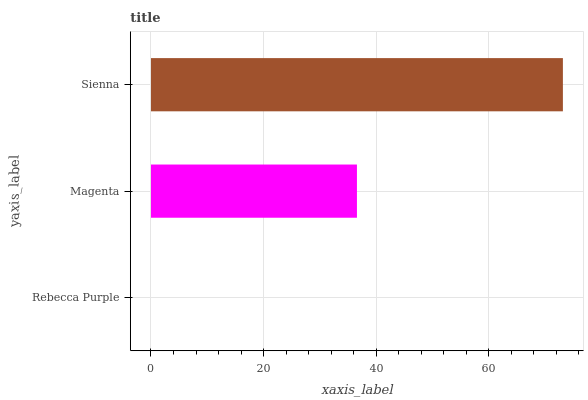
| yaxis_label | bars |
 | --- | --- |
 | Rebecca Purple | 0 |
 | Magenta | 36.6 |
 | Sienna | 73.2 |